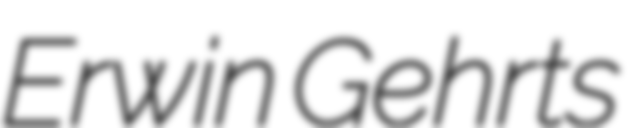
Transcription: Erwin Gehrts